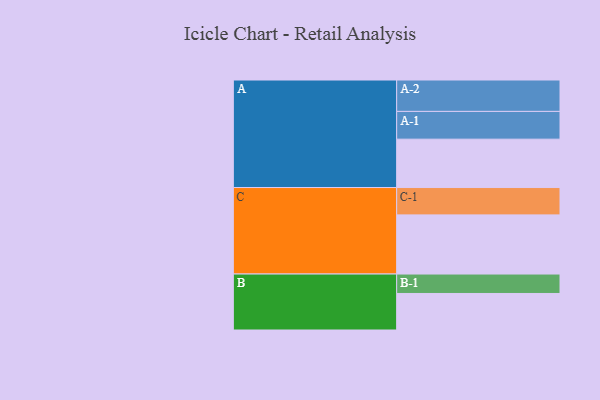
{"axis": {"x": "Segment", "y": "Value"}, "legend": ["", "A", "B", "C"], "data": [{"x": "A", "y": 453, "type": ""}, {"x": "B", "y": 342, "type": ""}, {"x": "C", "y": 554, "type": ""}, {"x": "A-1", "y": 260, "type": "A"}, {"x": "A-2", "y": 294, "type": "A"}, {"x": "B-1", "y": 182, "type": "B"}, {"x": "C-1", "y": 256, "type": "C"}]}